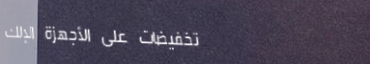
تخفيضات على الأجهزة الإلك